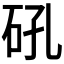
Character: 𮵌